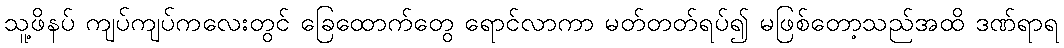
သူ့ဖိနပ် ကျပ်ကျပ်ကလေးတွင် ခြေထောက်တွေ ရောင်လာကာ မတ်တတ်ရပ်၍ မဖြစ်တော့သည်အထိ ဒဏ်ရာရ